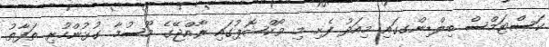
ކަސްޓަމްސް ބިލްޑިންގގައި މިއަދު ފެށި މި ވޯކްޝޮޕުގައި ރާއްޖޭގެ މޫސުމާ ގުޅުންހުރި ތަފާތު